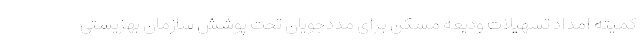
کمیته امداد تسهیلات ودیعه مسکن برای مددجویان تحت پوشش سازمان بهزیستی